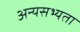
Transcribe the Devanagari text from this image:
अन्यसभ्यता